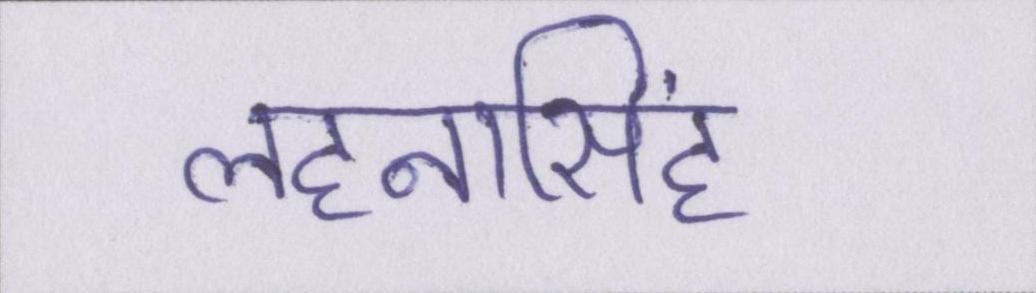
लहनासिंह